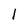
Character: l